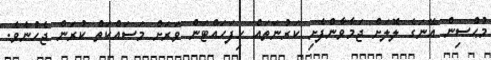
މުޙްސިން އޭނަގެ ލޮލަށް ޖަމާވާންފެށި ކަރުނަތައް ހިފަހައްޓަން ވަރަށް މަސައްކަތް ކުރަން ޖެހުނެވެ.